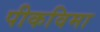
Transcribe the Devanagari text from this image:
पीकविमा